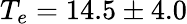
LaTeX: T_{e}=14.5\pm 4.0